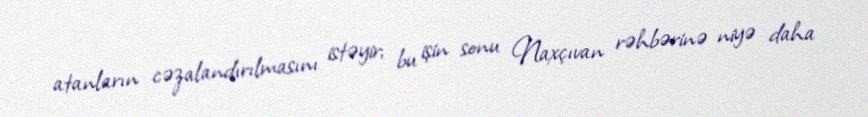
atanların cəzalandırılmasını istəyir; bu işin sonu Naxçıvan rəhbərinə niyə daha